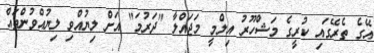
އޭގެ ތެރޭގައި ކުރީގެ މަޝްހޫރު އިލްމީ މަޖައްލާ "ދަރުމަ" އަށް ލިޔުއްވި ލިޔުއްވުންތައް